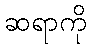
ဆရာကို